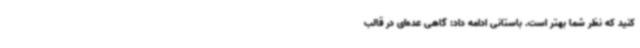
کنید که نظر شما بهتر است. باستانی ادامه داد: گاهی عده‌ای در قالب